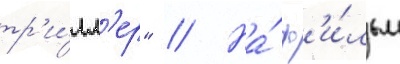
тр'и́лл'ер" // На́ ф'и́льм